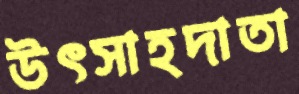
উৎসাহদাতা